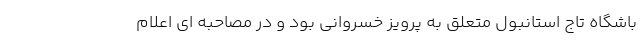
باشگاه تاج استانبول متعلق به پرویز خسروانی بود و در مصاحبه ای اعلام